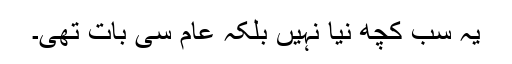
یہ سب کچھ نیا نہیں بلکہ عام سی بات تھی۔